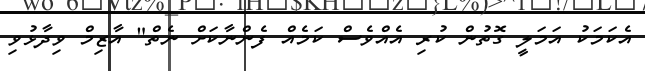
އެކަމަކު އަމަލީ ގޮތުން ކުރި އެއްވެސް ކަމެއް ފެންނާކަށް ނެތް" އާޒިމް ވިދާޅުވި